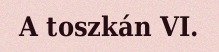
A toszkán VI.